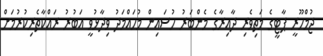
ޖުމްހޫރީ ޕާޓީގެ މަތިވެރި ދާއިރާގެ މެންބަރު ހުސައިން މުހައްމަދު ވިދާޅުވީ އަބުރު ރައްކާތެރިކުރުމަށް